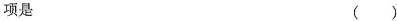
项是 ( )